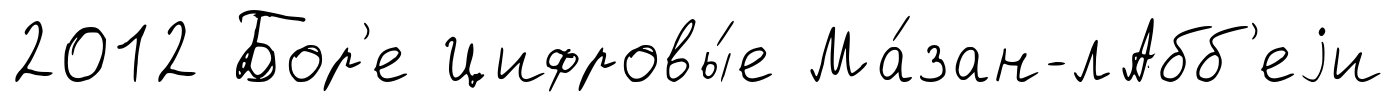
2012 Бор'е Цифровы́е Ма́зан-лАбб'еjи